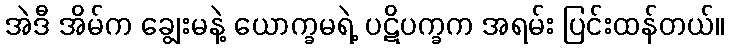
အဲဒီ အိမ်က ချွေးမနဲ့ ယောက္ခမရဲ့ ပဋိပက္ခက အရမ်း ပြင်းထန်တယ်။